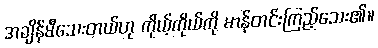
အချိန်မီသေးတယ်ဟု ကိုယ့်ကိုယ်ကို မာန်တင်းကြည့်သေး၏။